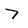
Character: 7